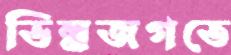
ভিন্নজগতে